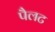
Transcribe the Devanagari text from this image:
पैलट